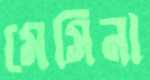
মেসিনা